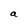
Character: a